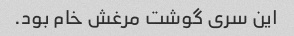
این سری گوشت مرغش خام بود.